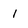
Character: 1